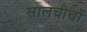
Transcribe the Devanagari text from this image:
सालचीचों